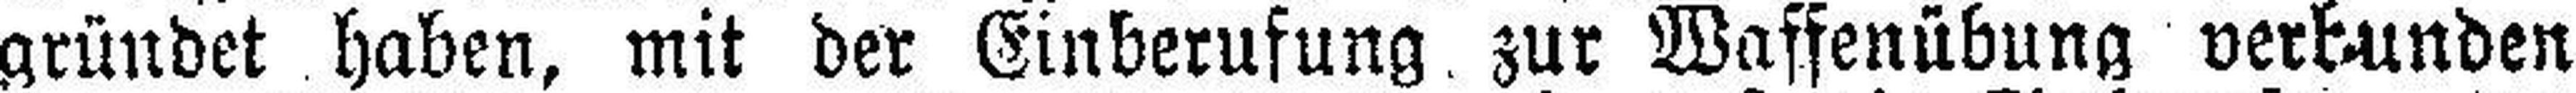
gründet haben, mit der Einberufung zur Waffenübung verbunden